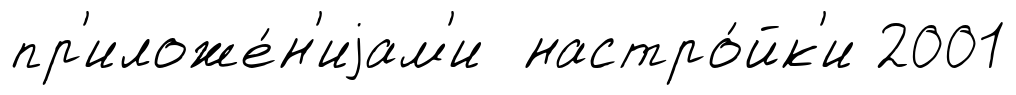
пр'иложе́н'иjам'и настро́йк'и 2001